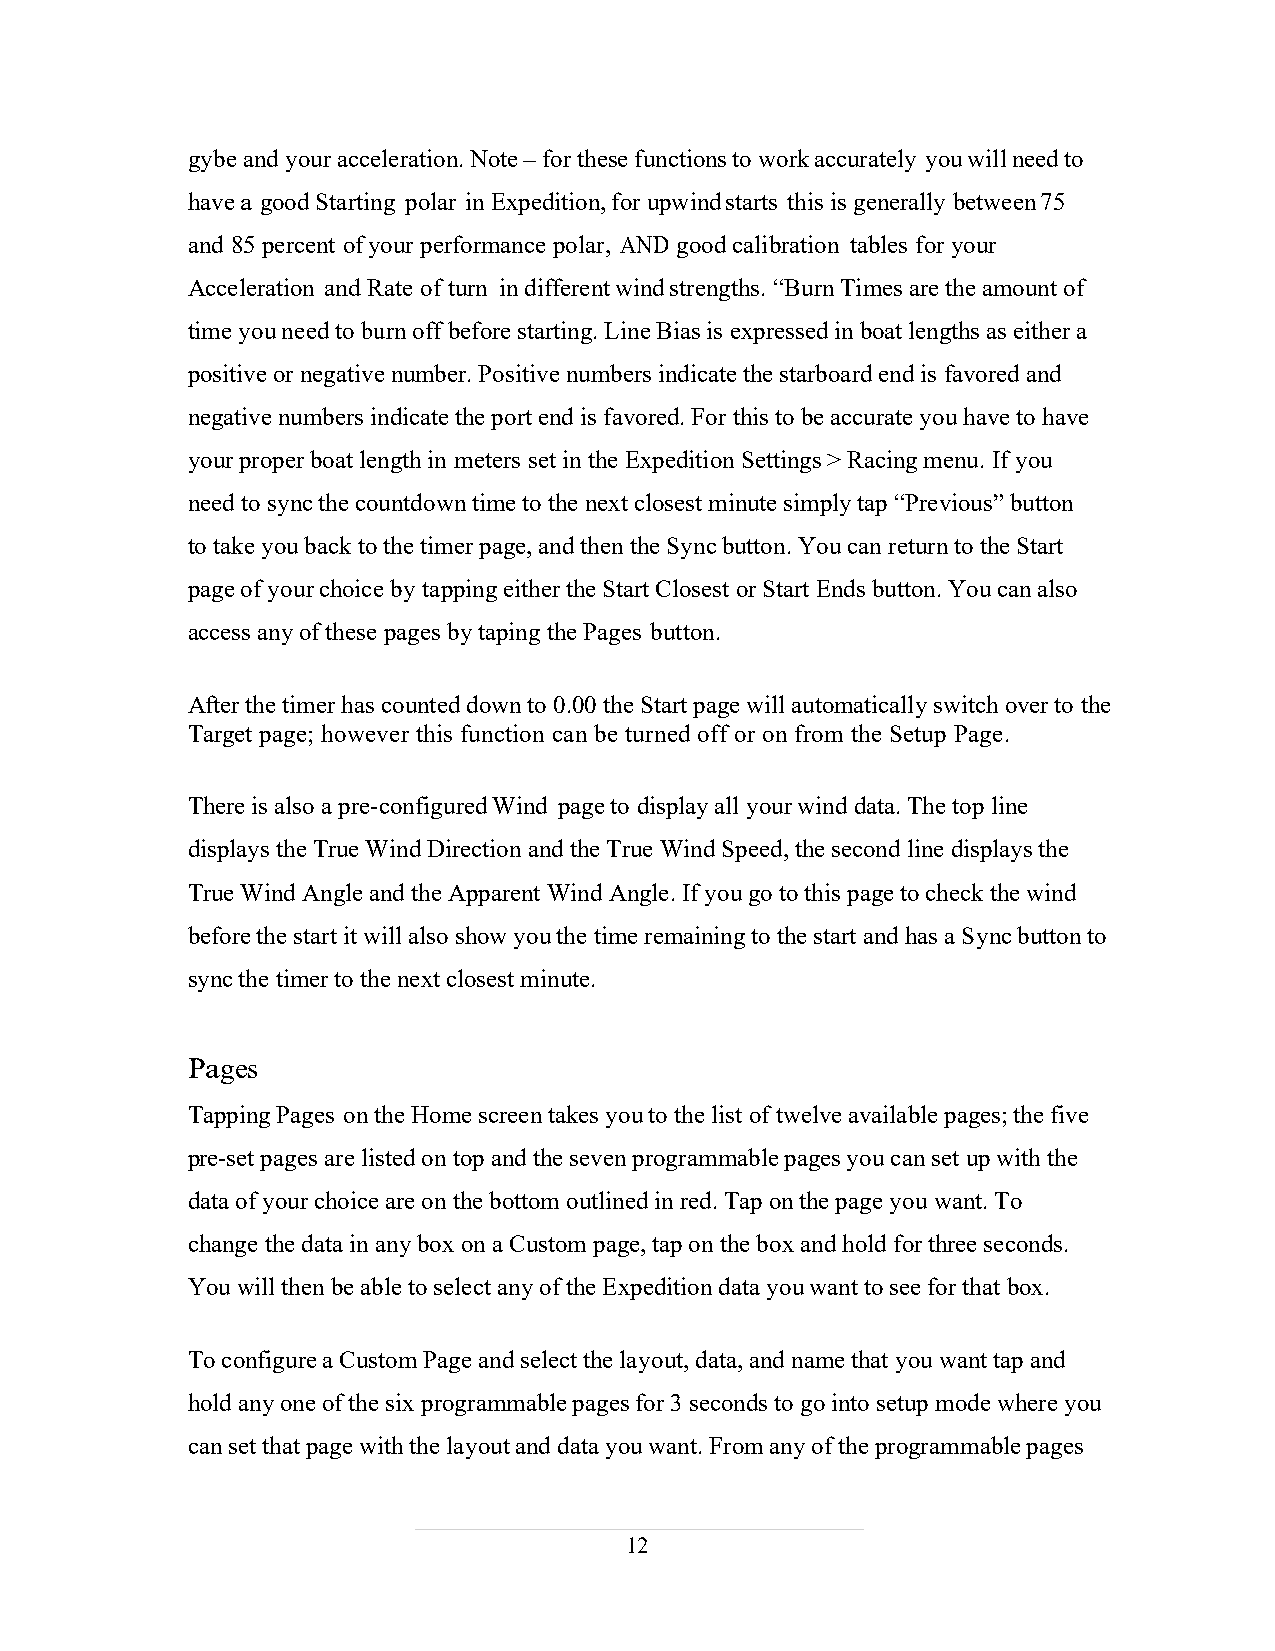
gybe and your acceleration. Note – for these functions to work accurately you will need to
 have a good Starting polar in Expedition, for upwind starts this is generally between 75
 and 85 percent of your performance polar, AND good calibration tables for your
 Acceleration and Rate of turn in different wind strengths. “Burn Times are the amount of
 time you need to burn off before starting. Line Bias is expressed in boat lengths as either a
 positive or negative number. Positive numbers indicate the starboard end is favored and
 negative numbers indicate the port end is favored. For this to be accurate you have to have
 your proper boat length in meters set in the Expedition Settings > Racing menu. If you
 need to sync the countdown time to the next closest minute simply tap “Previous” button
 to take you back to the timer page, and then the Sync button. You can return to the Start
 page of your choice by tapping either the Start Closest or Start Ends button. You can also
 access any of these pages by taping the Pages button.
 After the timer has counted down to 0.00 the Start page will automatically switch over to the
 Target page; however this function can be turned off or on from the Setup Page.
 There is also a pre-configured Wind page to display all your wind data. The top line
 displays the True Wind Direction and the True Wind Speed, the second line displays the
 True Wind Angle and the Apparent Wind Angle. If you go to this page to check the wind
 before the start it will also show you the time remaining to the start and has a Sync button to
 sync the timer to the next closest minute.
 Pages
 Tapping Pages on the Home screen takes you to the list of twelve available pages; the five
 pre-set pages are listed on top and the seven programmable pages you can set up with the
 data of your choice are on the bottom outlined in red. Tap on the page you want. To
 change the data in any box on a Custom page, tap on the box and hold for three seconds.
 You will then be able to select any of the Expedition data you want to see for that box.
 To configure a Custom Page and select the layout, data, and name that you want tap and
 hold any one of the six programmable pages for 3 seconds to go into setup mode where you
 can set that page with the layout and data you want. From any of the programmable pages
 12
 12